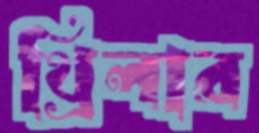
থ্রিলার